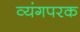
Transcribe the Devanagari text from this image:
व्यंगपरक